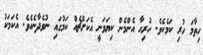
ހިތާމަ ހުރި ކަމެކެވެ. ހުރިހާ އެންމެން ކިޔަވަނީ އެކަށްޗެއް ކަމުގައި ނުވެދާނެއެވެ. އެކަަމަކު